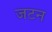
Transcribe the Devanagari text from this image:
जटन